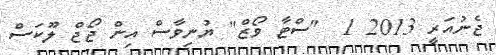
ޖެނުއަރީ 2013 1  "ސްޓާ ވޯޒް" ޔުނިވާސް އިން ޖޯޖް ލޫކަސް